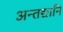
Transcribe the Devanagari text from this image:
अन्तद्यानि